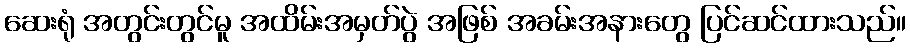
ဆေးရုံ အတွင်းတွင်မူ အထိမ်းအမှတ်ပွဲ အဖြစ် အခမ်းအနားတွေ ပြင်ဆင်ထားသည်။